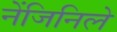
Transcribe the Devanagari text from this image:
नेंजिनिले